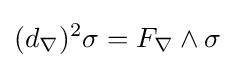
(d_{\nabla })^{2}\sigma =F_{\nabla }\wedge \sigma